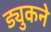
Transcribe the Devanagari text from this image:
ड्युकने